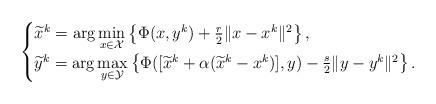
LaTeX: \begin{align*}\begin{cases}\widetilde{x}^k=\arg\min\limits_{x\in\mathcal{X}}\left\{\Phi(x,y^k)+\frac{r}{2}\|x-x^k\|^2\right\},\\\widetilde{y}^k=\arg\max\limits_{y\in\mathcal{Y}}\left\{\Phi([\widetilde{x}^k+\alpha(\widetilde{x}^k-x^k)],y)-\frac{s}{2}\|y-y^k\|^2\right\}.\end{cases}\end{align*}